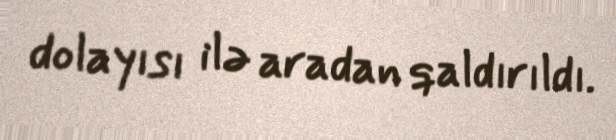
dolayısı ilə aradan qaldırıldı.